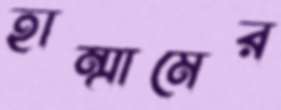
হাম্মামের